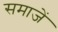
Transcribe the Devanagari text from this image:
समाजें